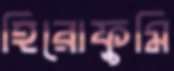
হিরোফুমি